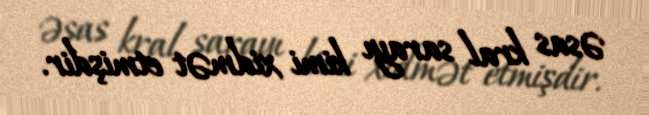
əsas kral sarayı kimi xidmət etmişdir.